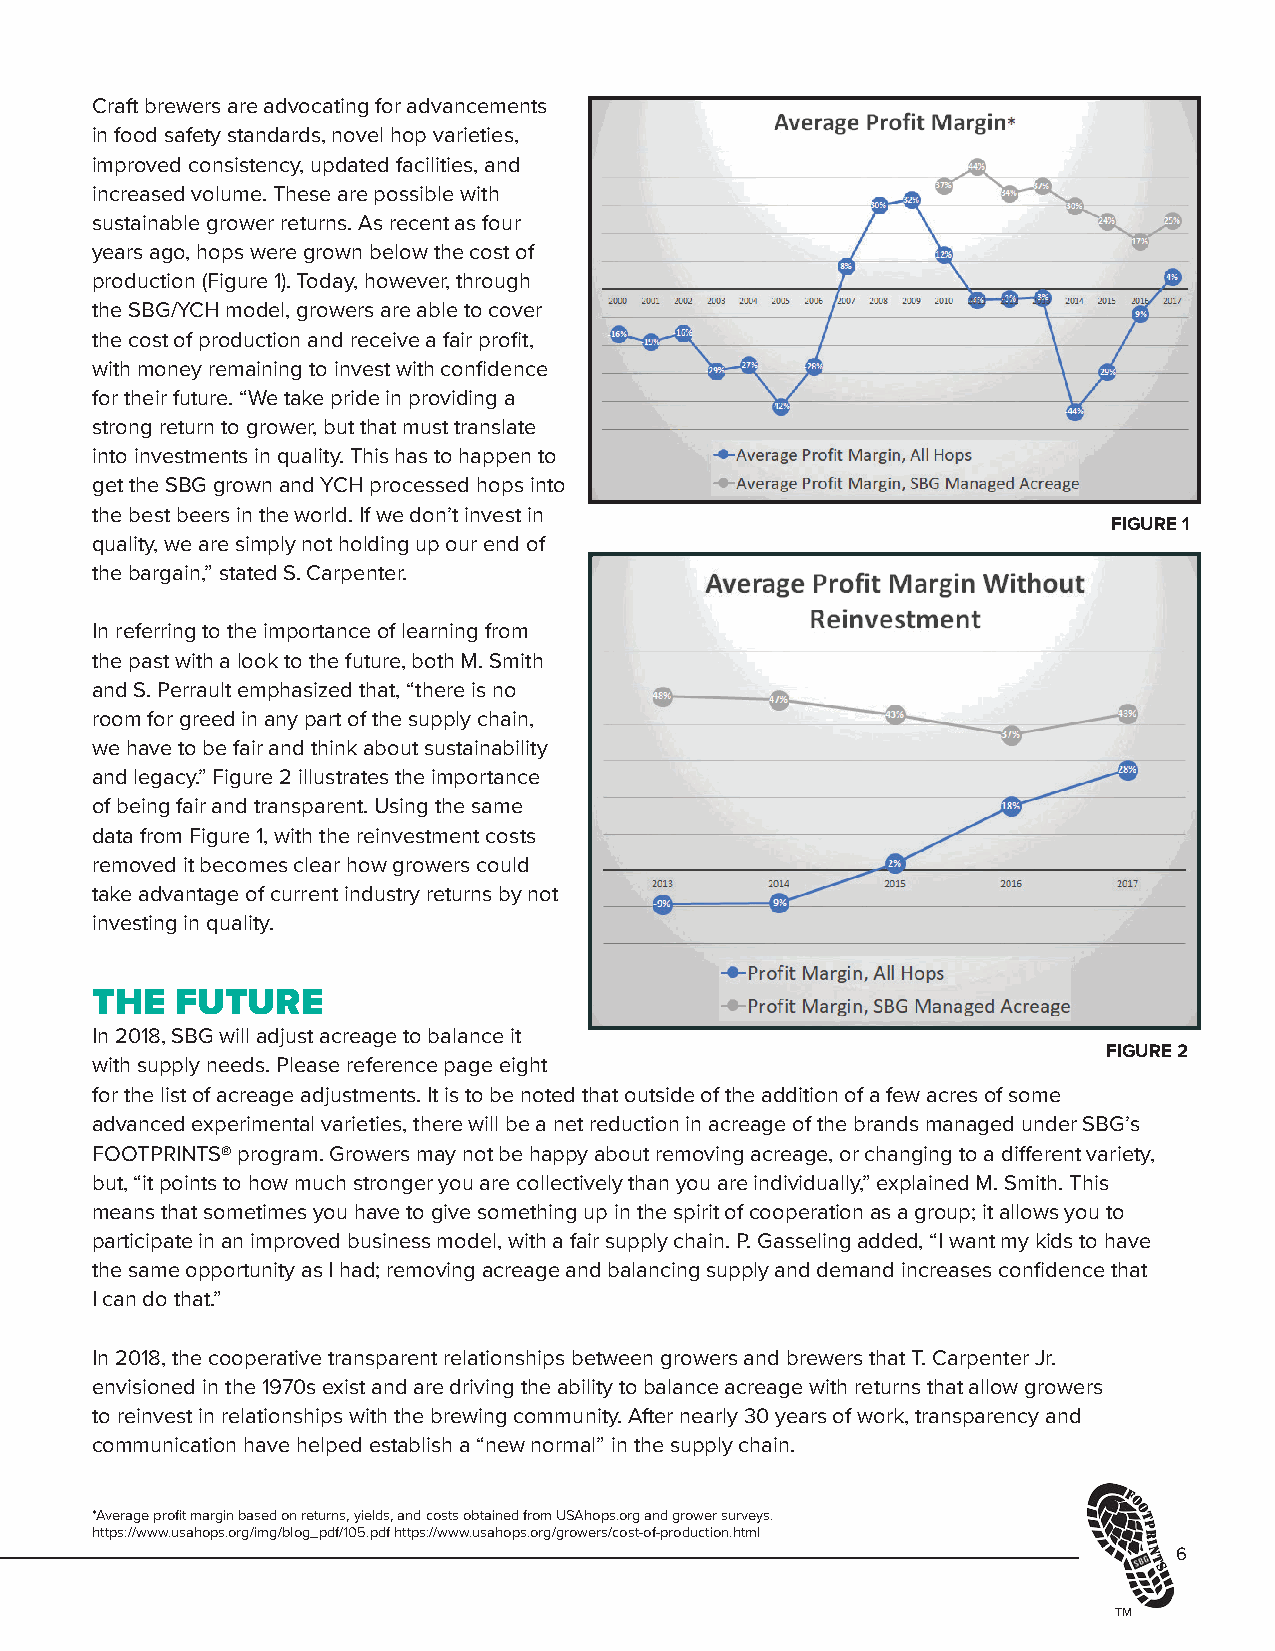
Craft brewers are advocating for advancements
 in food safety standards, novel hop varieties,
 improved consistency, updated facilities, and
 increased volume. These are possible with
 sustainable grower returns. As recent as four
 years ago, hops were grown below the cost of
 production (Figure 1). Today, however, through
 the SBG/YCH model, growers are able to cover
 the cost of production and receive a fair profit,
 with money remaining to invest with confidence
 for their future. “We take pride in providing a
 strong return to grower, but that must translate
 into investments in quality. This has to happen to
 get the SBG grown and YCH processed hops into
 the best beers in the world. If we don’t invest in
 FIGURE 1
 quality, we are simply not holding up our end of
 the bargain,” stated S. Carpenter.
 In referring to the importance of learning from
 the past with a look to the future, both M. Smith
 and S. Perrault emphasized that, “there is no
 room for greed in any part of the supply chain,
 we have to be fair and think about sustainability
 and legacy.” Figure 2 illustrates the importance
 of being fair and transparent. Using the same
 data from Figure 1, with the reinvestment costs
 removed it becomes clear how growers could
 take advantage of current industry returns by not
 investing in quality.
 THE   FUTURE
 In 2018, SBG will adjust acreage to balance it
 FIGURE 2
 with supply needs. Please reference page eight
 for the list of acreage adjustments. It is to be noted that outside of the addition of a few acres of some
 advanced experimental varieties, there will be a net reduction in acreage of the brands managed under SBG’s
 FOOTPRINTS® program. Growers may not be happy about removing acreage, or changing to a different variety,
 but, “it points to how much stronger you are collectively than you are individually,” explained M. Smith. This
 means that sometimes you have to give something up in the spirit of cooperation as a group; it allows you to
 participate in an improved business model, with a fair supply chain. P. Gasseling added, “I want my kids to have
 the same opportunity as I had; removing acreage and balancing supply and demand increases confidence that
 I can do that.”
 In 2018, the cooperative transparent relationships between growers and brewers that T. Carpenter Jr.
 envisioned in the 1970s exist and are driving the ability to balance acreage with returns that allow growers
 to reinvest in relationships with the brewing community. After nearly 30 years of work, transparency and
 communication have helped establish a “new normal” in the supply chain.
 *Average profit margin based on returns, yields, and costs obtained from USAhops.org and grower surveys.
 https://www.usahops.org/img/blog_pdf/105.pdf https://www.usahops.org/growers/cost-of-production.html
 6
 TM